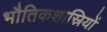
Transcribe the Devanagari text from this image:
भौतिकशास्रियों